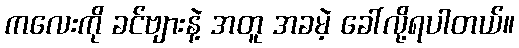
ကလေးကို ခင်ဗျားနဲ့ အတူ အခမဲ့ ခေါ်လို့ရပါတယ်။